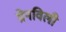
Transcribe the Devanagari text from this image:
ग्रेनविली